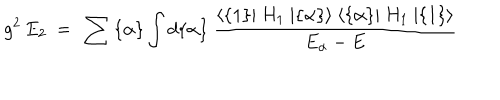
g ^ { 2 } \, E _ { 2 } ~ = ~ \sum { \{ \alpha \} } \int d \{ \alpha \} ~ { \frac { \langle \{ 1 \} \vert ~ H _ { 1 } ~ \vert \{ \alpha \} \rangle ~ \langle \{ \alpha \} \vert ~ H _ { 1 } ~ \vert \{ 1 \} \rangle } { E _ { \alpha } - E } }